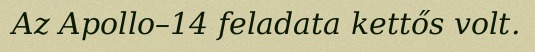
Az Apollo–14 feladata kettős volt.